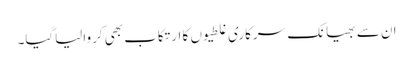
ان سے بھیانک سرکاری غلطیوں کا ارتکاب بھی کروالیاگیا۔